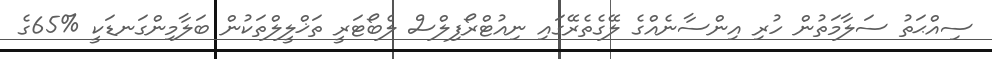
ސިއްޙަތު ސަލާމަތުން ހުރި އިންސާނެއްގެ ލޭގެތެރޭގައި ނިއުޓްރޯފިލްސް ލެބޯޓަރީ ތަޚްލީލްތަކުން ބަލާމިންގަނޑަކީ %65ގެ